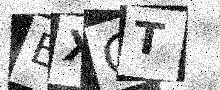
Text: EXCT